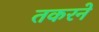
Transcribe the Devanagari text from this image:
तकरने